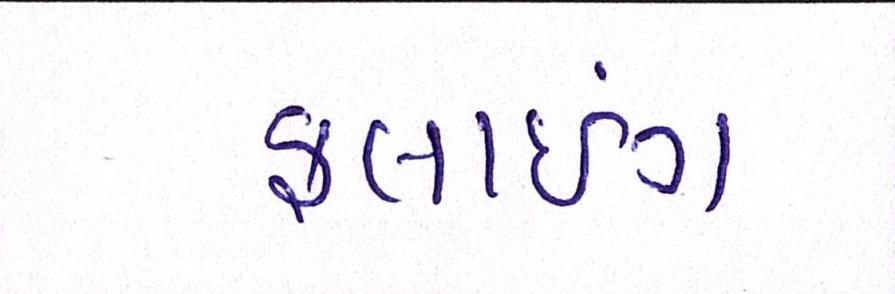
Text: ફ્લાઇંગ